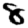
Digit: 8